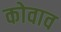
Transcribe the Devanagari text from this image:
कोवाव